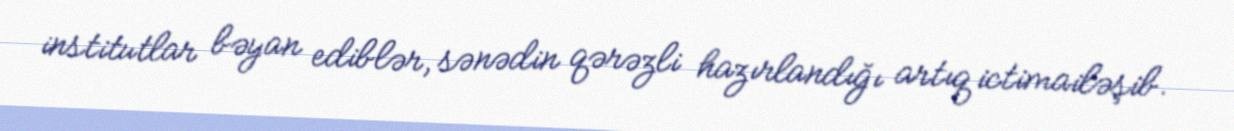
institutlar bəyan ediblər, sənədin qərəzli hazırlandığı artıq ictimailəşib.